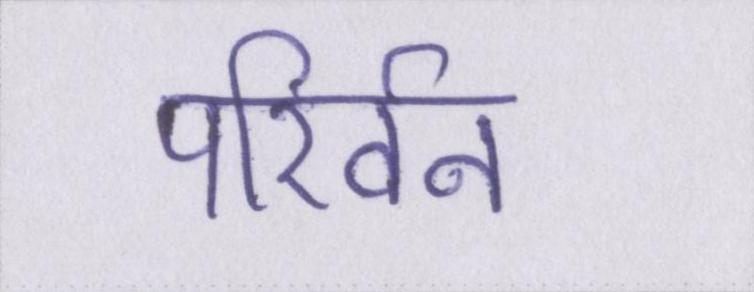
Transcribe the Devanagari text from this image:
परिर्वन